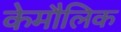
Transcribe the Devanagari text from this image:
केमौलिक